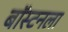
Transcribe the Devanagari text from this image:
बॉस्टनला